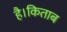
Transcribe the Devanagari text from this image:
है।किताब